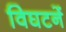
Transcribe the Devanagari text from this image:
विघटनें